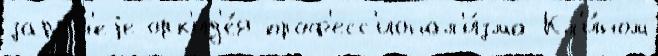
зара́н'еjе орх'ид'е́я проф'есс'ионал'и́зма Кл'и́ном